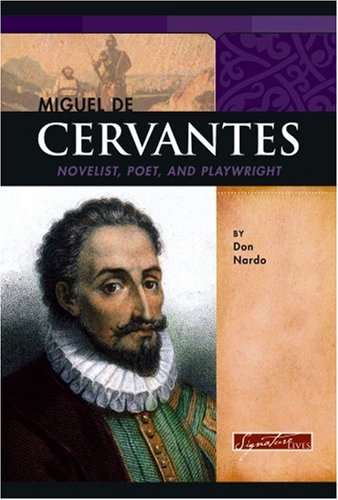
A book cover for Miguel de Cervantes: Novelist, Poet, and Playwright (Signature Lives: Renaissance Era); Don Nardo; Children's Books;